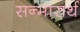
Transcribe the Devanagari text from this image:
सन्मारार्थ